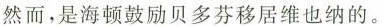
然而,是海顿鼓励贝多芬移居维也纳的.